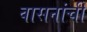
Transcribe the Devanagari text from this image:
वासनांची